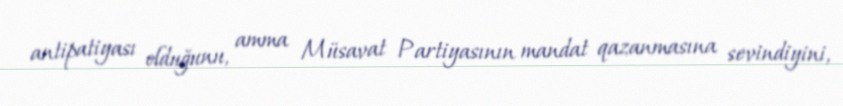
antipatiyası olduğunu, amma Müsavat Partiyasının mandat qazanmasına sevindiyini,